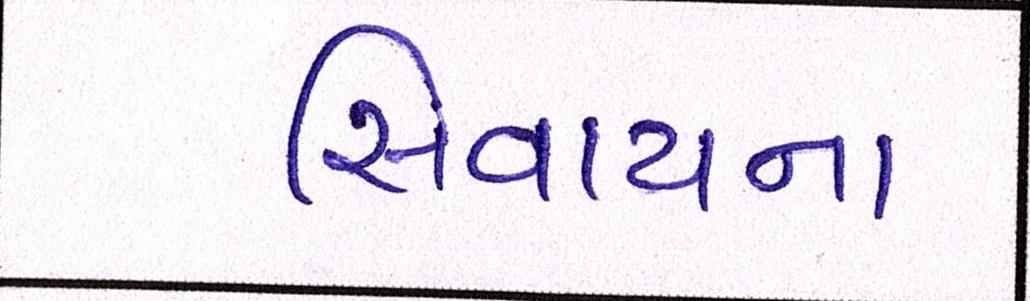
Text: સિવાયના